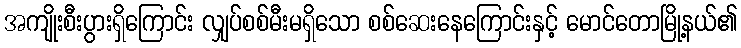
အကျိုးစီးပွားရှိကြောင်း လျှပ်စစ်မီးမရှိသော စစ်ဆေးနေကြောင်းနှင့် မောင်တောမြို့နယ်၏